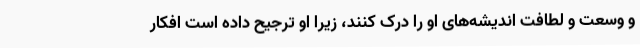
و وسعت و لطافت اندیشه‌های او را درک کنند، زیرا او ترجیح داده است افکار